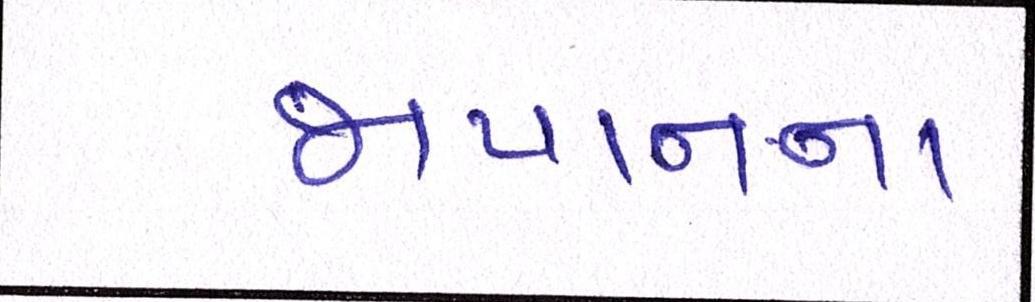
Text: જાપાનના